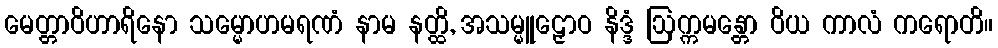
မေတ္တာဝိဟာရိနော သမ္မောဟမရဏံ နာမ နတ္ထိ, အသမ္မူဠှောဝ နိဒ္ဒံ ဩက္ကမန္တော ဝိယ ကာလံ ကရောတိ။